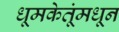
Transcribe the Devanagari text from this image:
धूमकेतूंमधून